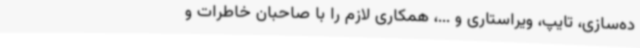
ده‌سازی، تایپ، ویراستاری و ...، همکاری لازم را با صاحبان خاطرات و